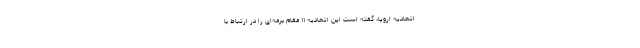
اتحادیه اروپا، گفته است این اتحادیه ۱۱ مقام برمه‌ای را در ارتباط با